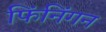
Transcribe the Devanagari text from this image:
फिंनिंगन